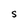
Character: S